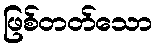
ဖြစ်တတ်သော